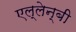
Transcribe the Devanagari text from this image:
एल्लेन्बी